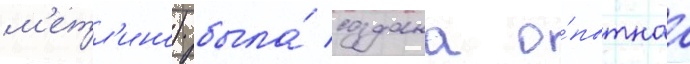
м'етл'ино) была́ создана о́пытнаа